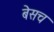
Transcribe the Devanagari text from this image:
बेसच